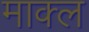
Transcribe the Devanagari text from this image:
माक्ल